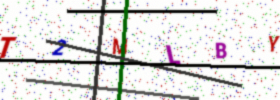
Text: T2MLBY